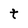
Character: t